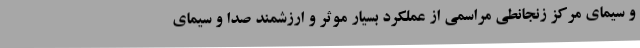
و سیمای مرکز زنجانطی مراسمی از عملکرد بسیار موثر و ارزشمند صدا و سیمای